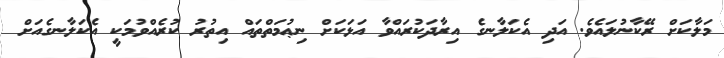
މަލާކަށް ރޭކާނުލައެވެ. އަދި އެކަލާނގެ އިރާދަކުރައްވާ އަޅަކަށް ނިޢުމަތްތައް އިތުރު ކުރެއްވުމަކީ އެކަލާނގެއަށް